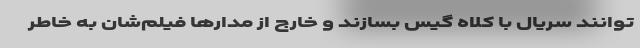
‌توانند سریال با کلاه گیس بسازند و خارج از مدارها فیلم‌شان به خاطر